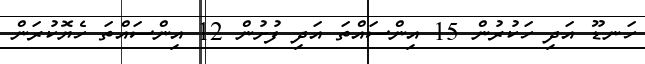
ހަނޑޫ އަދި ހަކުރުން 15 އިންސައްތަ އަދި ފުށުން 12 އިންސައްތަ ހެޔޮކުރަން